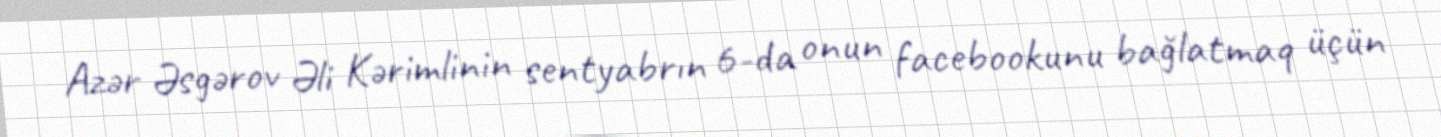
Azər Əsgərov Əli Kərimlinin sentyabrın 6-da onun facebookunu bağlatmaq üçün